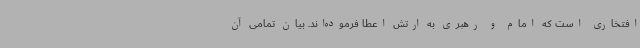
افتخاری است که امام و رهبری به ارتش اعطا فرموده‌اند. بیان تمامی آن